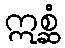
ဣစ္ဆံ